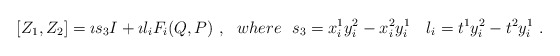
\begin{align*}[Z_1,Z_2] = \imath s_3 I + \imath l_i F_i (Q,P) \ , \ \ where \ \ s_3 = x^1_i y^2_i - x^2_i y^1_i \quad l_i = t^1 y^2_i - t^2 y^1_i \ .\end{align*}